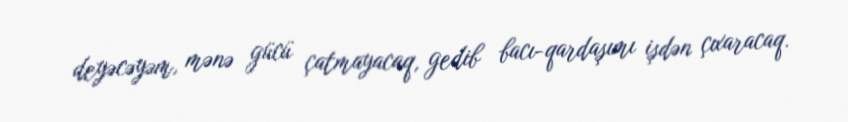
deyəcəyəm, mənə gücü çatmayacaq, gedib bacı-qardaşımı işdən çıxaracaq.